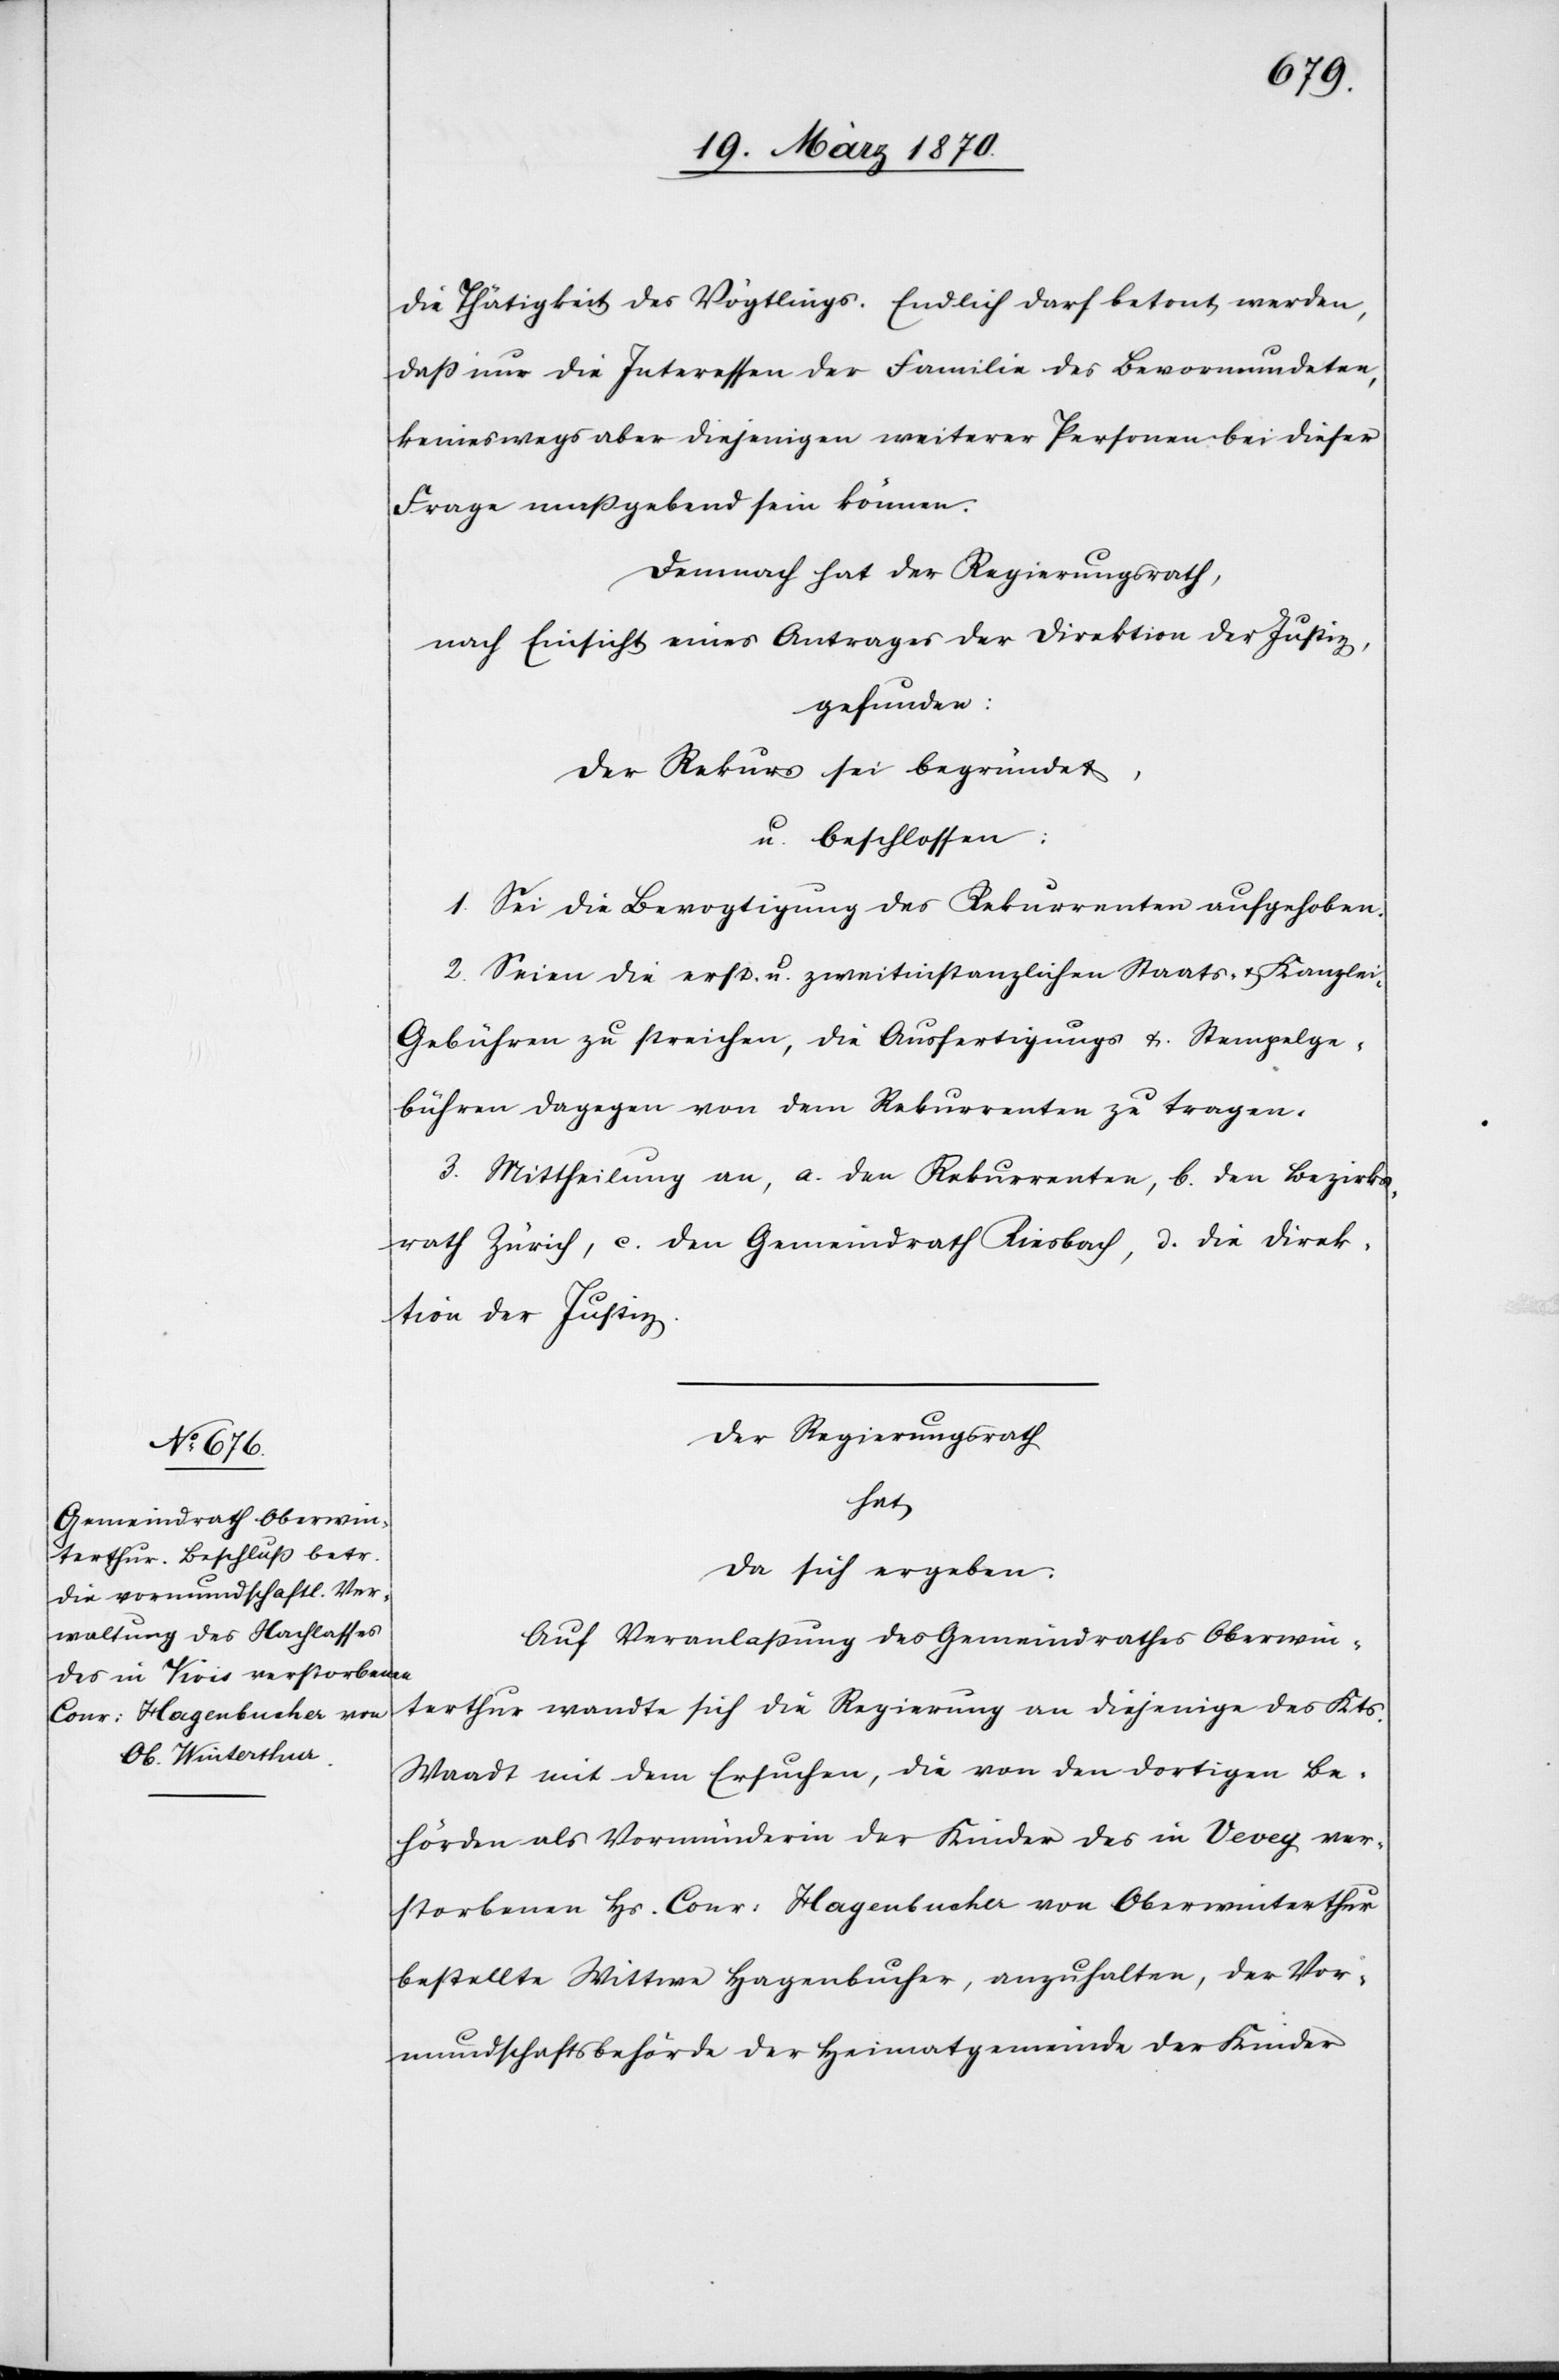
die Thätigkeit des Vögtlings. Endlich darf betont werden,
daß nur die Interessen der Familie des Bevormundeten,
keineswegs aber diejenigen weiterer Personen bei dieser
Frage maßgebend sein können.
Demnach hat der Regierungsrath,
nach Einsicht eines Antrages der Direktion der Justiz,
gefunden:
Der Rekurs sei begründet,
u. beschlossen:
1. Sei die Bevogtigung des Rekurrenten aufgehoben.
2. Seien die erst- u. zweitinstanzlichen Staats- & Kanzle¬
i-Gebühren zu streichen, die Ausfertigungs[-] & Stempelge¬
bühren dagegen von dem Rekurrenten zu tragen.
3. Mittheilung an, a. den Rekurrenten, b. den Bezirks¬
rath Zürich, c. den Gemeindrath Riesbach, d. die Direk¬
tion der Justiz.
Der Regierungsrath
hat
da sich ergeben:
Auf Veranlaßung des Gemeindrathes Oberwin¬
terthur wandte sich die Regierung an diejenige des Kts.
Waadt mit dem Ersuchen, die von den dortigen Be¬
hörden als Vormünderin der Kinder des in Vevey Ver¬
storbenen Hs. Conr: Hagenbucher von Oberwinterthur
bestellte Wittwe Hagenbucher, anzuhalten, der Vor¬
mundschaftsbehörde der Heimatgemeinde der Kinder